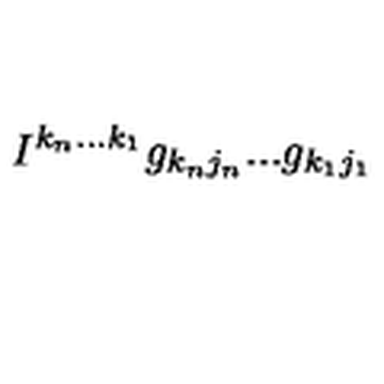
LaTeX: I ^ { k _ { n } . . . k _ { 1 } } g _ { k _ { n } j _ { n } } . . . g _ { k _ { 1 } j _ { 1 } }